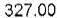
327.00